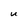
Character: U